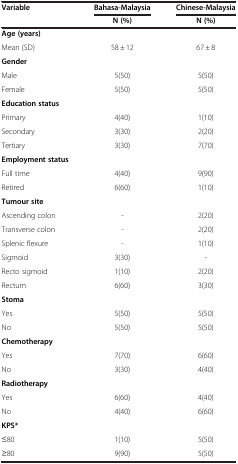
| Variable | Bahasa-Malaysia | Chinese-Malaysia |
 |  | N (%) | N (%) |
 | --- | --- | --- |
 | Age (years) |  |  |
 | Mean (SD) | 58 ± 12 | 67 ± 8 |
 | Gender |  |  |
 | Male | 5(50) | 5(50) |
 | Female | 5(50) | 5(50) |
 | Education status |  |  |
 | Primary | 4(40) | 1(10) |
 | Secondary | 3(30) | 2(20) |
 | Tertiary | 3(30) | 7(70) |
 | Employment status |  |  |
 | Full time | 4(40) | 9(90) |
 | Retired | 6(60) | 1(10) |
 | Tumour site |  |  |
 | Ascending colon | - | 2(20) |
 | Transverse colon | - | 2(20) |
 | Splenic flexure | - | 1(10) |
 | Sigmoid | 3(30) | - |
 | Recto sigmoid | 1(10) | 2(20) |
 | Rectum | 6(60) | 3(30) |
 | Stoma |  |  |
 | Yes | 5(50) | 5(50) |
 | No | 5(50) | 5(50) |
 | Chemotherapy |  |  |
 | Yes | 7(70) | 6(60) |
 | No | 3(30) | 4(40) |
 | Radiotherapy |  |  |
 | Yes | 6(60) | 4(40) |
 | No | 4(40) | 6(60) |
 | KPS* |  |  |
 | ≤80 | 1(10) | 5(50) |
 | ≥80 | 9(90) | 5(50) |